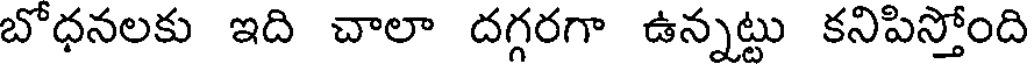
బోధనలకు ఇది చాలా దగ్గరగా ఉన్నట్టు కనిపిస్తోంది